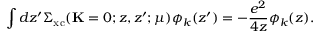
\int d z ^ { \prime } \Sigma _ { \mathrm { x c } } ( \mathbf { K } = 0 ; z , z ^ { \prime } ; \mu ) \phi _ { k } ( z ^ { \prime } ) = - \frac { e ^ { 2 } } { 4 z } \phi _ { k } ( z ) .